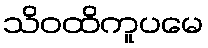
သိဝထိကူပမေ